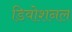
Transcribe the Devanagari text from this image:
डिवोशनल